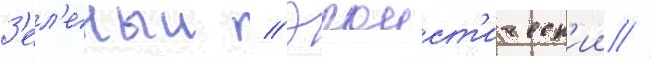
З'ел'еныи // Эгоист'ическ'ии //